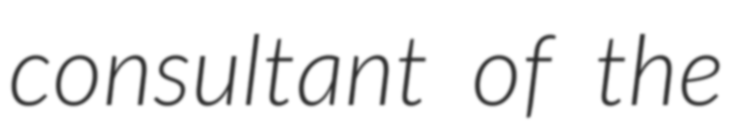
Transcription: consultant of the